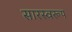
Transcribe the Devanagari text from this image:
सारस्वरूप